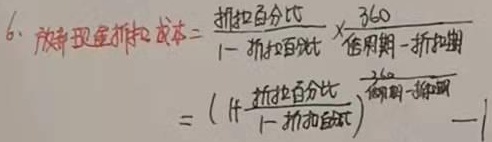
6. 放弃现金折扣成本 =
\[
\frac{\text{折扣百分比}}{1 - \text{折扣百分比}}\times\frac{360}{\text{信用期} - \text{折扣期}}=(1+\frac{\text{折扣百分比}}{1 - \text{折扣百分比}})^{\frac{360}{\text{信用期} - \text{折扣期}}}-1
\]